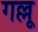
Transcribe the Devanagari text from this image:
गल्लू